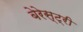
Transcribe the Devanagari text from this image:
बेरेस्ट्री